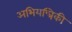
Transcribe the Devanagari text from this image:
अभियन्त्रिकी